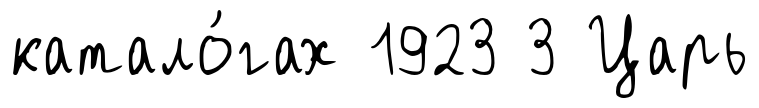
катало́гах 1923 3 Царь